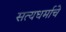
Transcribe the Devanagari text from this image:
सत्यधर्माचे